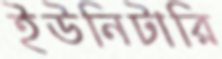
ইউনিটারি